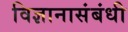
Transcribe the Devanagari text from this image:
विज्ञानासंबंधी